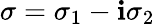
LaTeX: \sigma=\sigma_{1}-\mathbf{i}\sigma_{2}